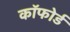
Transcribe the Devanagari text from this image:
कॉफोर्ड